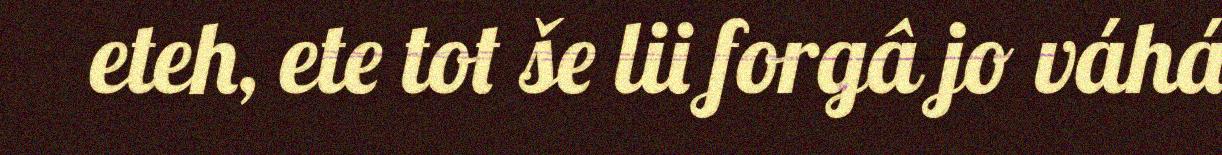
eteh, ete tot še lii forgâ jo váhá